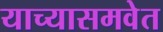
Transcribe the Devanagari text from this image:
याच्यासमवेत